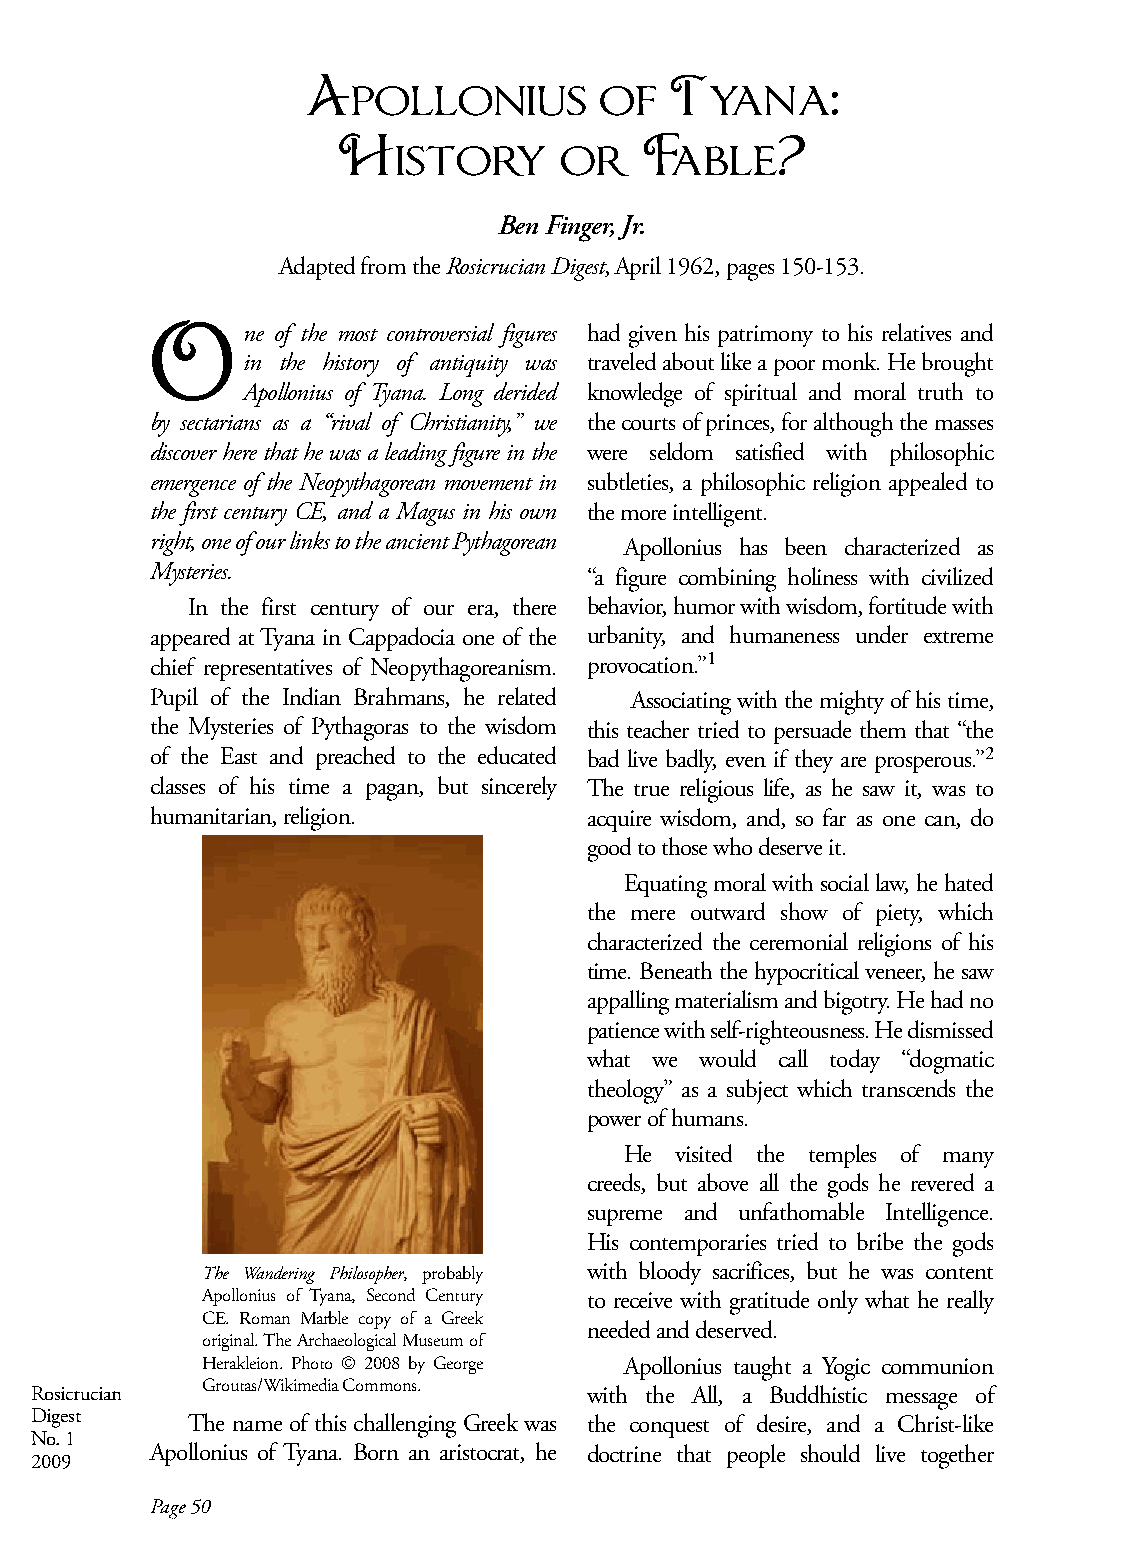
Apollonius          of  Tyana:
 History        or    Fable?
 Ben Finger, Jr.
 Adapted from the Rosicrucian Digest, April 1962, pages 150-153.
 O     ne of the most controversial figures had given his patrimony to his relatives and
 in the history of antiquity was traveled about like a poor monk. He brought
 Apollonius of Tyana. Long derided knowledge of spiritual and moral truth to
 by sectarians as a “rival of Christianity,” we the courts of princes, for although the masses
 discover here that he was a leading figure in the were seldom satisfied with philosophic
 emergence of the Neopythagorean movement in subtleties, a philosophic religion appealed to
 the first century CE, and a Magus in his own the more intelligent.
 right, one of our links to the ancient Pythagorean
 Apollonius has been characterized as
 Mysteries.                   “a figure combining holiness with civilized
 In the first century of our era, there behavior, humor with wisdom, fortitude with
 appeared at Tyana in Cappadocia one of the urbanity, and humaneness under extreme
 chief representatives of Neopythagoreanism.
 provocation.”1
 Pupil of the Indian Brahmans, he related Associating with the mighty of his time,
 the Mysteries of Pythagoras to the wisdom this teacher tried to persuade them that “the
 of the East and preached to the educated bad live badly, even if they are prosperous.”2
 classes of his time a pagan, but sincerely The true religious life, as he saw it, was to
 humanitarian, religion.      acquire wisdom, and, so far as one can, do
 good to those who deserve it.
 Equating moral with social law, he hated
 the mere outward show of piety, which
 characterized the ceremonial religions of his
 time. Beneath the hypocritical veneer, he saw
 appalling materialism and bigotry. He had no
 patience with self-righteousness. He dismissed
 what we would call today “dogmatic
 theology” as a subject which transcends the
 power of humans.
 He  visited the temples of many
 creeds, but above all the gods he revered a
 supreme and unfathomable Intelligence.
 His contemporaries tried to bribe the gods
 The Wandering Philosopher, probably with bloody sacrifices, but he was content
 Apollonius of Tyana, Second Century to receive with gratitude only what he really
 CE. Roman Marble copy of a Greek
 needed and deserved.
 original. The Archaeological Museum of
 Herakleion. Photo © 2008 by George Apollonius taught a Yogic communion
 Groutas/Wikimedia Commons.
 Rosicrucian                          with the All, a Buddhistic message of
 Digest    The name of this challenging Greek was the conquest of desire, and a Christ-like
 No. 1
 Apollonius of Tyana. Born an aristocrat, he doctrine that people should live together
 2009
 Page 50